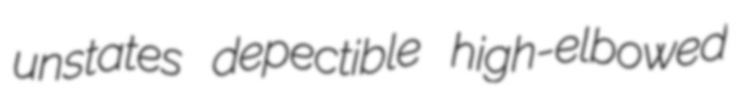
unstates depectible high-elbowed